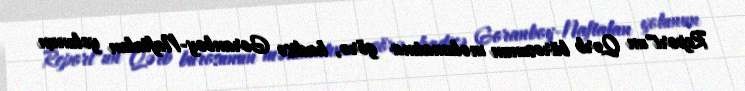
Report"un Qərb bürosunun məlumatına görə, hadisə Goranboy-Naftalan yolunun